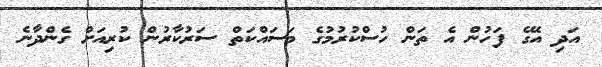
އަދި އޭގެ ފަހުން އެ ތަން ހުސްކުރުމުގެ މަސައްކަތް ސަރުކާރުން ކުރިއަށް ގެންދާނެ